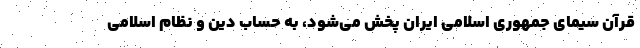
قرآن سیمای جمهوری اسلامی ایران پخش می‌شود، به حساب دین و نظام اسلامی